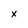
Character: X